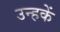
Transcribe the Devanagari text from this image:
उन्हकें